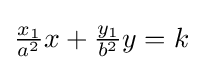
{\textstyle {\frac {x_{1}}{a^{2}}}x+{\tfrac {y_{1}}{b^{2}}}y=k}